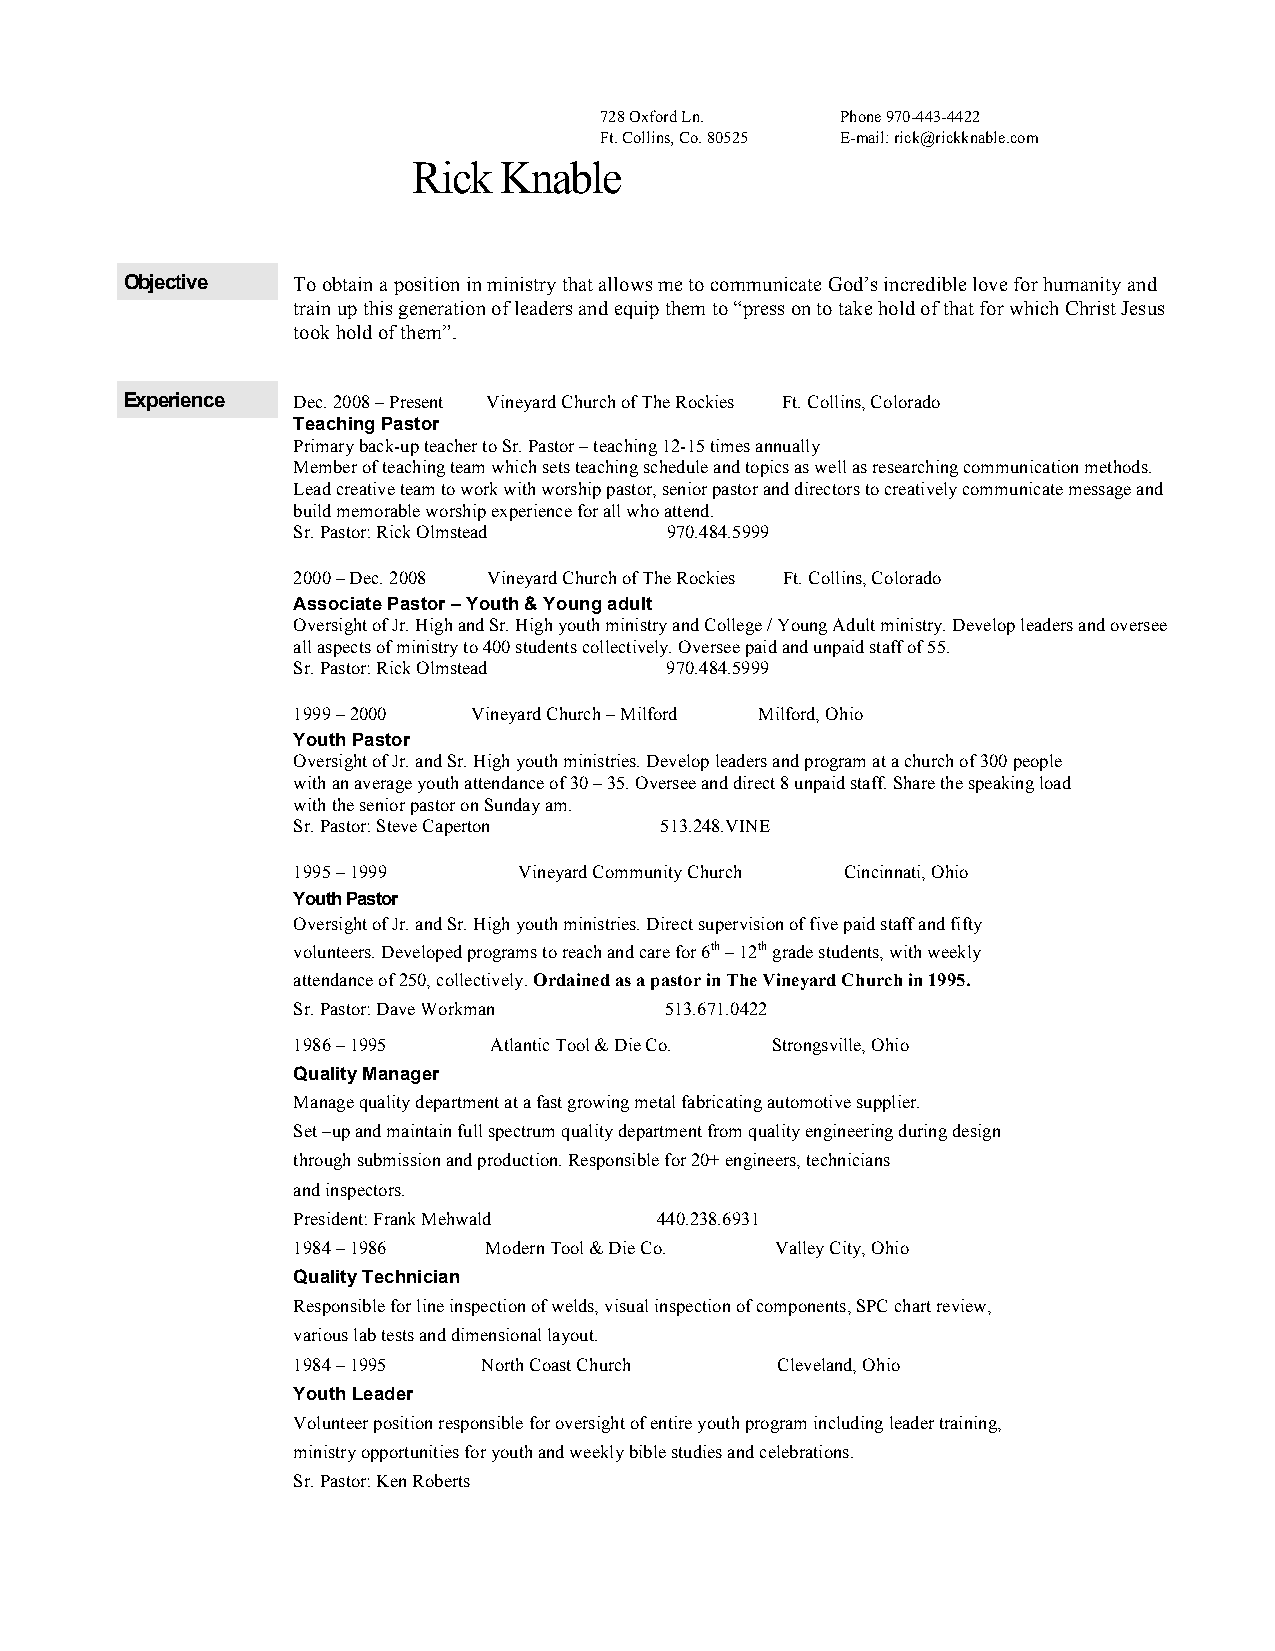
728 Oxford Ln.  Phone 970-443-4422
 Ft. Collins, Co. 80525 E-mail: rick@rickknable.com
 Rick  Knable
 Objective  To obtain a position in ministry that allows me to communicate God’s incredible love for humanity and
 train up this generation of leaders and equip them to “press on to take hold of that for which Christ Jesus
 took hold of them”.
 Experience Dec. 2008 – Present Vineyard Church of The Rockies Ft. Collins, Colorado
 Teaching Pastor
 Primary back-up teacher to Sr. Pastor – teaching 12-15 times annually
 Member of teaching team which sets teaching schedule and topics as well as researching communication methods.
 Lead creative team to work with worship pastor, senior pastor and directors to creatively communicate message and
 build memorable worship experience for all who attend.
 Sr. Pastor: Rick Olmstead 970.484.5999
 2000 – Dec. 2008 Vineyard Church of The Rockies Ft. Collins, Colorado
 Associate Pastor – Youth & Young adult
 Oversight of Jr. High and Sr. High youth ministry and College / Young Adult ministry. Develop leaders and oversee
 all aspects of ministry to 400 students collectively. Oversee paid and unpaid staff of 55.
 Sr. Pastor: Rick Olmstead 970.484.5999
 1999 – 2000 Vineyard Church – Milford Milford, Ohio
 Youth Pastor
 Oversight of Jr. and Sr. High youth ministries. Develop leaders and program at a church of 300 people
 with an average youth attendance of 30 – 35. Oversee and direct 8 unpaid staff. Share the speaking load
 with the senior pastor on Sunday am.
 Sr. Pastor: Steve Caperton 513.248.VINE
 1995 – 1999    Vineyard Community Church Cincinnati, Ohio
 Youth Pastor
 Oversight of Jr. and Sr. High youth ministries. Direct supervision of five paid staff and fifty
 volunteers. Developed programs to reach and care for 6th – 12th grade students, with weekly
 attendance of 250, collectively. Ordained as a pastor in The Vineyard Church in 1995.
 Sr. Pastor: Dave Workman 513.671.0422
 1986 – 1995  Atlantic Tool & Die Co. Strongsville, Ohio
 Quality Manager
 Manage quality department at a fast growing metal fabricating automotive supplier.
 Set –up and maintain full spectrum quality department from quality engineering during design
 through submission and production. Responsible for 20+ engineers, technicians
 and inspectors.
 President: Frank Mehwald 440.238.6931
 1984 – 1986  Modern Tool & Die Co. Valley City, Ohio
 Quality Technician
 Responsible for line inspection of welds, visual inspection of components, SPC chart review,
 various lab tests and dimensional layout.
 1984 – 1995  North Coast Church Cleveland, Ohio
 Youth Leader
 Volunteer position responsible for oversight of entire youth program including leader training,
 ministry opportunities for youth and weekly bible studies and celebrations.
 Sr. Pastor: Ken Roberts